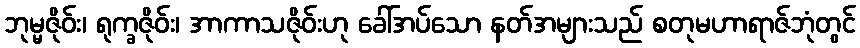
ဘုမ္မဇိုဝ်း၊ ရုက္ခဇိုဝ်း၊ အာကာသဇိုဝ်းဟု ခေါ်အပ်သော နတ်အများသည် စတုမဟာရာဇ်ဘုံတွင်